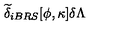
\widetilde { \delta } _ { i B R S } [ \phi , \kappa ] \delta \Lambda \protect